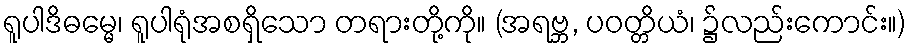
ရူပါဒိဓမ္မေ၊ ရူပါရုံအစရှိသော တရားတို့ကို။ (အရဗ္ဘ, ပဝတ္တိယံ၊ ၌လည်းကောင်း။)